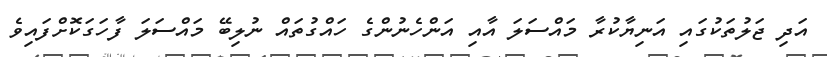
އަދި ޖަލުތަކުގައި އަނިޔާކުރާ މައްސަލަ އާއި އަންހެނުންގެ ހައްގުތައް ނުލިބޭ މައްސަލަ ފާހަގަކޮށްފައިވެ